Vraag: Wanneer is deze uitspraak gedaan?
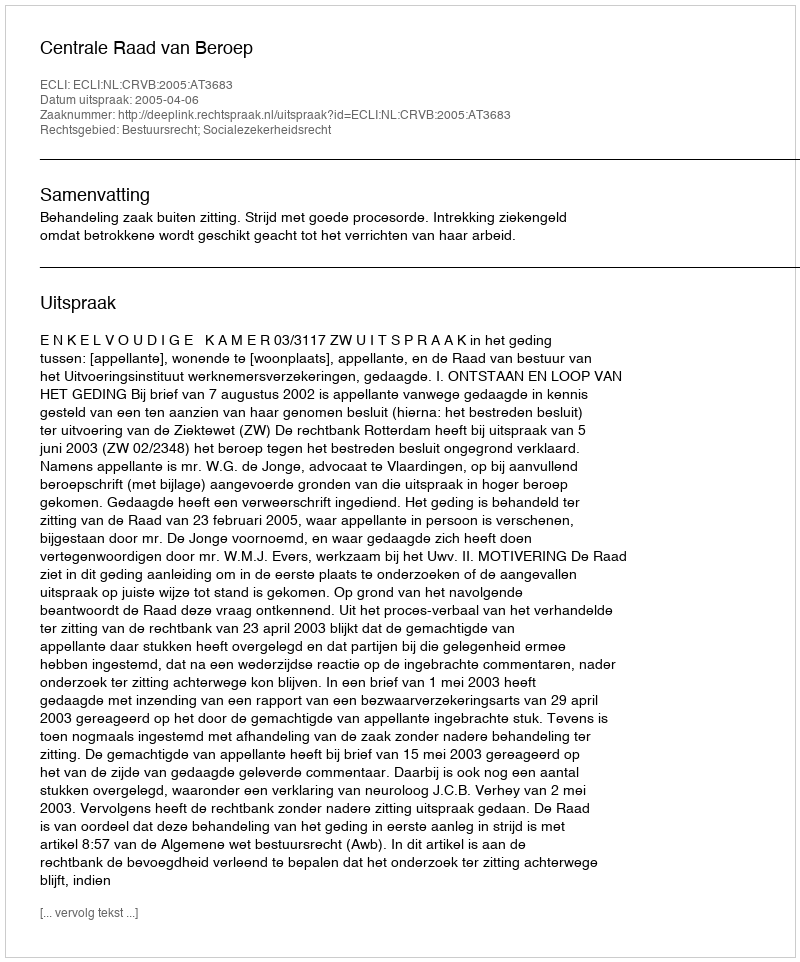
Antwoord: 2005-04-06